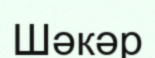
Шәкәр